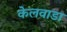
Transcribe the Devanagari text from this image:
केलवाडा